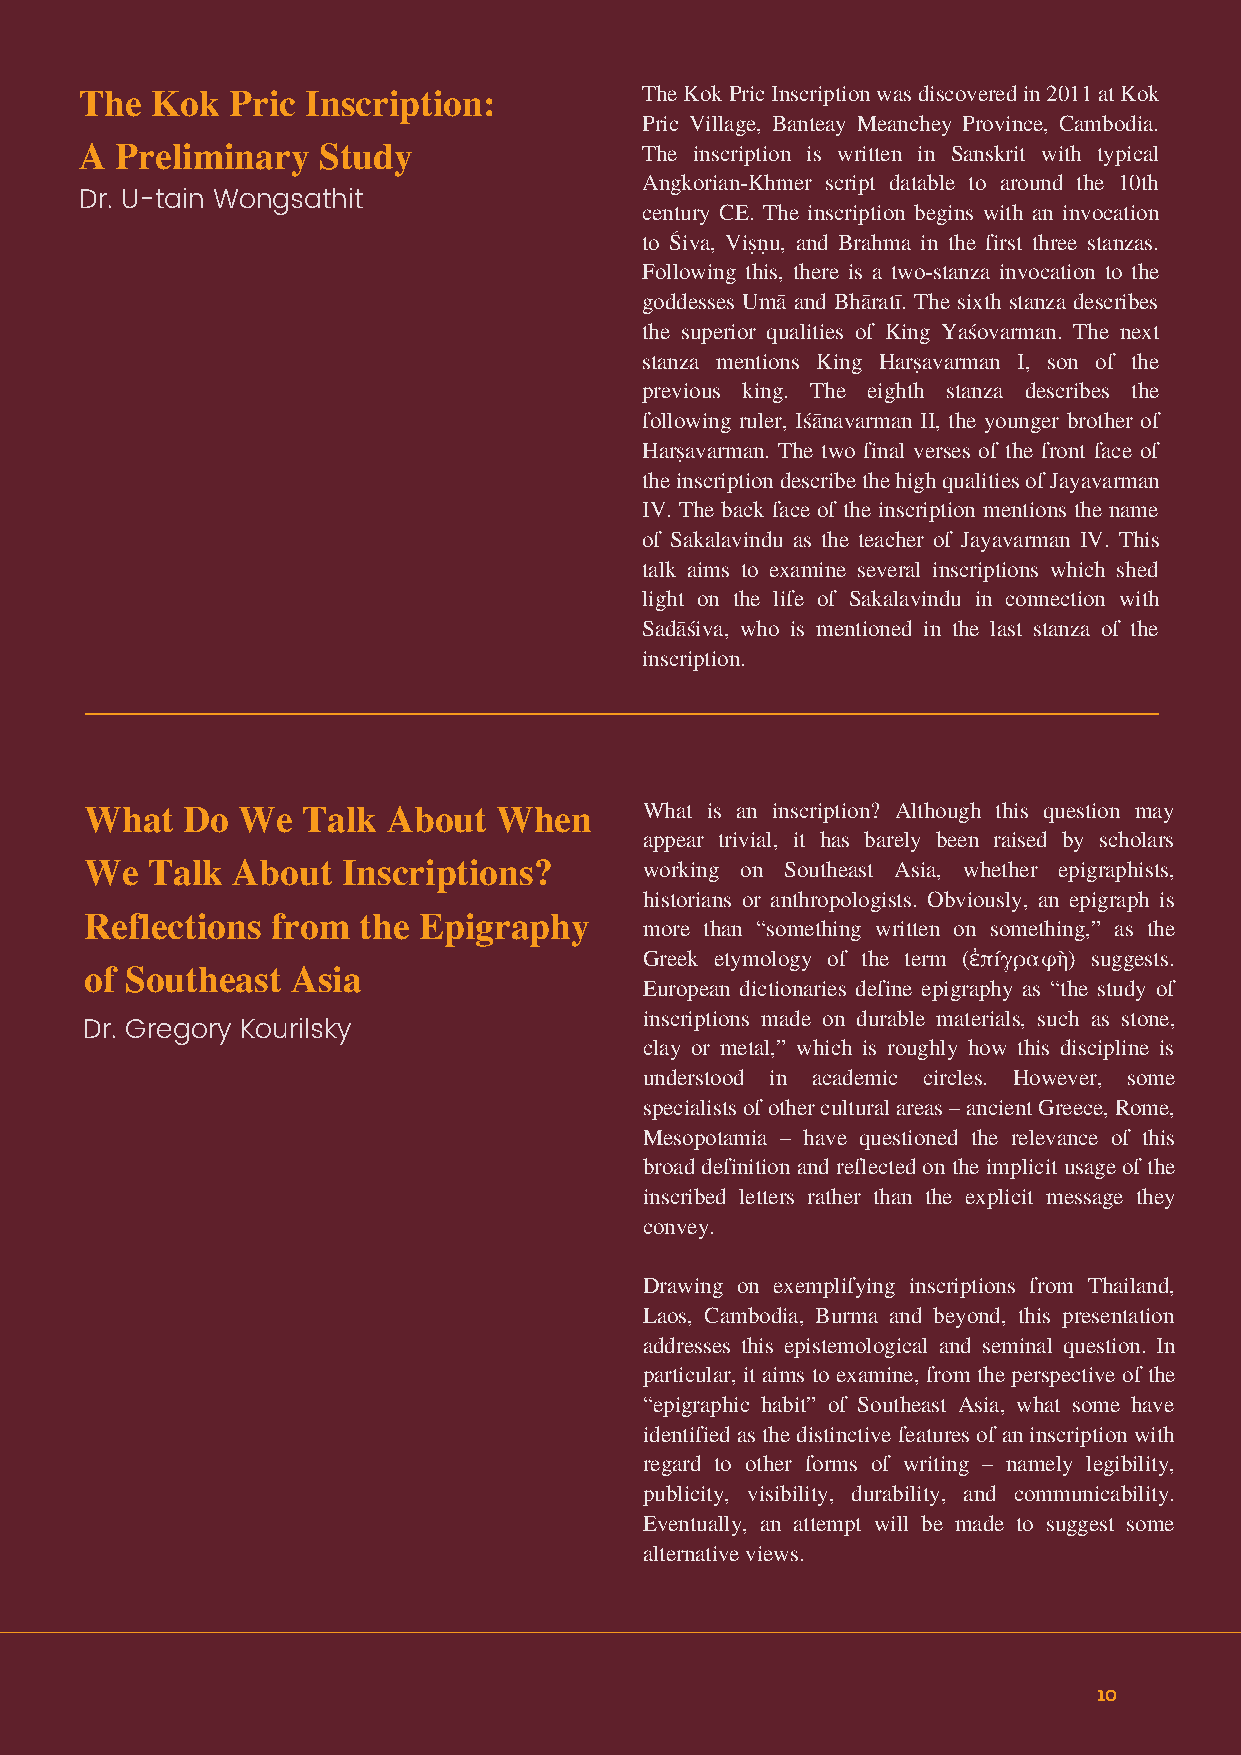
The Kok Pric Inscription was discovered in 2011 at Kok
 The  Kok  Pric Inscription:
 Pric Village, Banteay Meanchey Province, Cambodia.
 A  Preliminary  Study                The inscription is written in Sanskrit with typical
 Angkorian-Khmer script datable to around the 10th
 Dr. U-tain Wongsathit
 century CE. The inscription begins with an invocation
 to Śiva, Viṣṇu, and Brahma in the first three stanzas.
 Following this, there is a two-stanza invocation to the
 goddesses Umā and Bhāratī. The sixth stanza describes
 the superior qualities of King Yaśovarman. The next
 stanza mentions King Harṣavarman I, son of the
 previous king. The eighth stanza describes the
 following ruler, Iśānavarman II, the younger brother of
 Harṣavarman. The two final verses of the front face of
 the inscription describe the high qualities of Jayavarman
 IV. The back face of the inscription mentions the name
 of Sakalavindu as the teacher of Jayavarman IV. This
 talk aims to examine several inscriptions which shed
 light on the life of Sakalavindu in connection with
 Sadāśiva, who is mentioned in the last stanza of the
 inscription.
 What is an inscription? Although this question may
 What  Do  We  Talk  About  When
 appear trivial, it has barely been raised by scholars
 We  Talk About   Inscriptions?       working on Southeast Asia, whether epigraphists,
 historians or anthropologists. Obviously, an epigraph is
 Reflections from  the Epigraphy      more than “something written on something,” as the
 Greek etymology of the term (ἐπíγραφὴ) suggests.
 of Southeast Asia
 European dictionaries define epigraphy as “the study of
 inscriptions made on durable materials, such as stone,
 Dr. Gregory Kourilsky
 clay or metal,” which is roughly how this discipline is
 understood in academic circles. However, some
 specialists of other cultural areas – ancient Greece, Rome,
 Mesopotamia – have questioned the relevance of this
 broad definition and reflected on the implicit usage of the
 inscribed letters rather than the explicit message they
 convey.
 Drawing on exemplifying inscriptions from Thailand,
 Laos, Cambodia, Burma and beyond, this presentation
 addresses this epistemological and seminal question. In
 particular, it aims to examine, from the perspective of the
 “epigraphic habit” of Southeast Asia, what some have
 identified as the distinctive features of an inscription with
 regard to other forms of writing – namely legibility,
 publicity, visibility, durability, and communicability.
 Eventually, an attempt will be made to suggest some
 alternative views.
 10